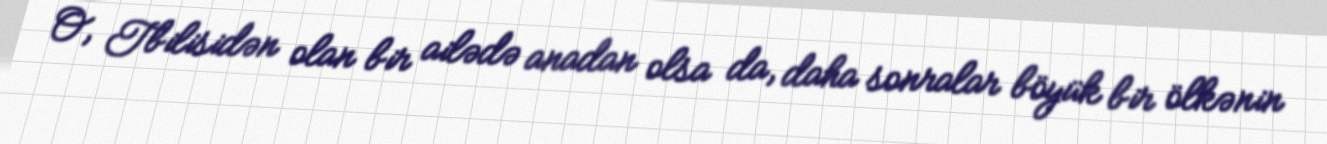
O, Tbilisidən olan bir ailədə anadan olsa da, daha sonralar böyük bir ölkənin